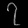
Digit: ၇